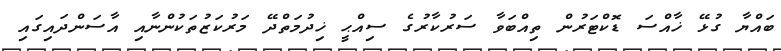
ބައްޔާ ގުޅޭ ޚާއްސަ ޑޮކްޓަރުން ތިއްބަވާ ސަރުކާރުގެ ސިއްޙީ ޚިދުމަތްދޭ މަރުކަޒުތަކުންނާއި އާސަންދައިގައި